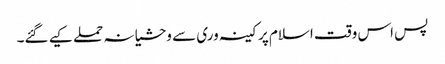
پس اس وقت اسلام پر کینہ وری سے وحشیانہ حملے کیے گئے۔